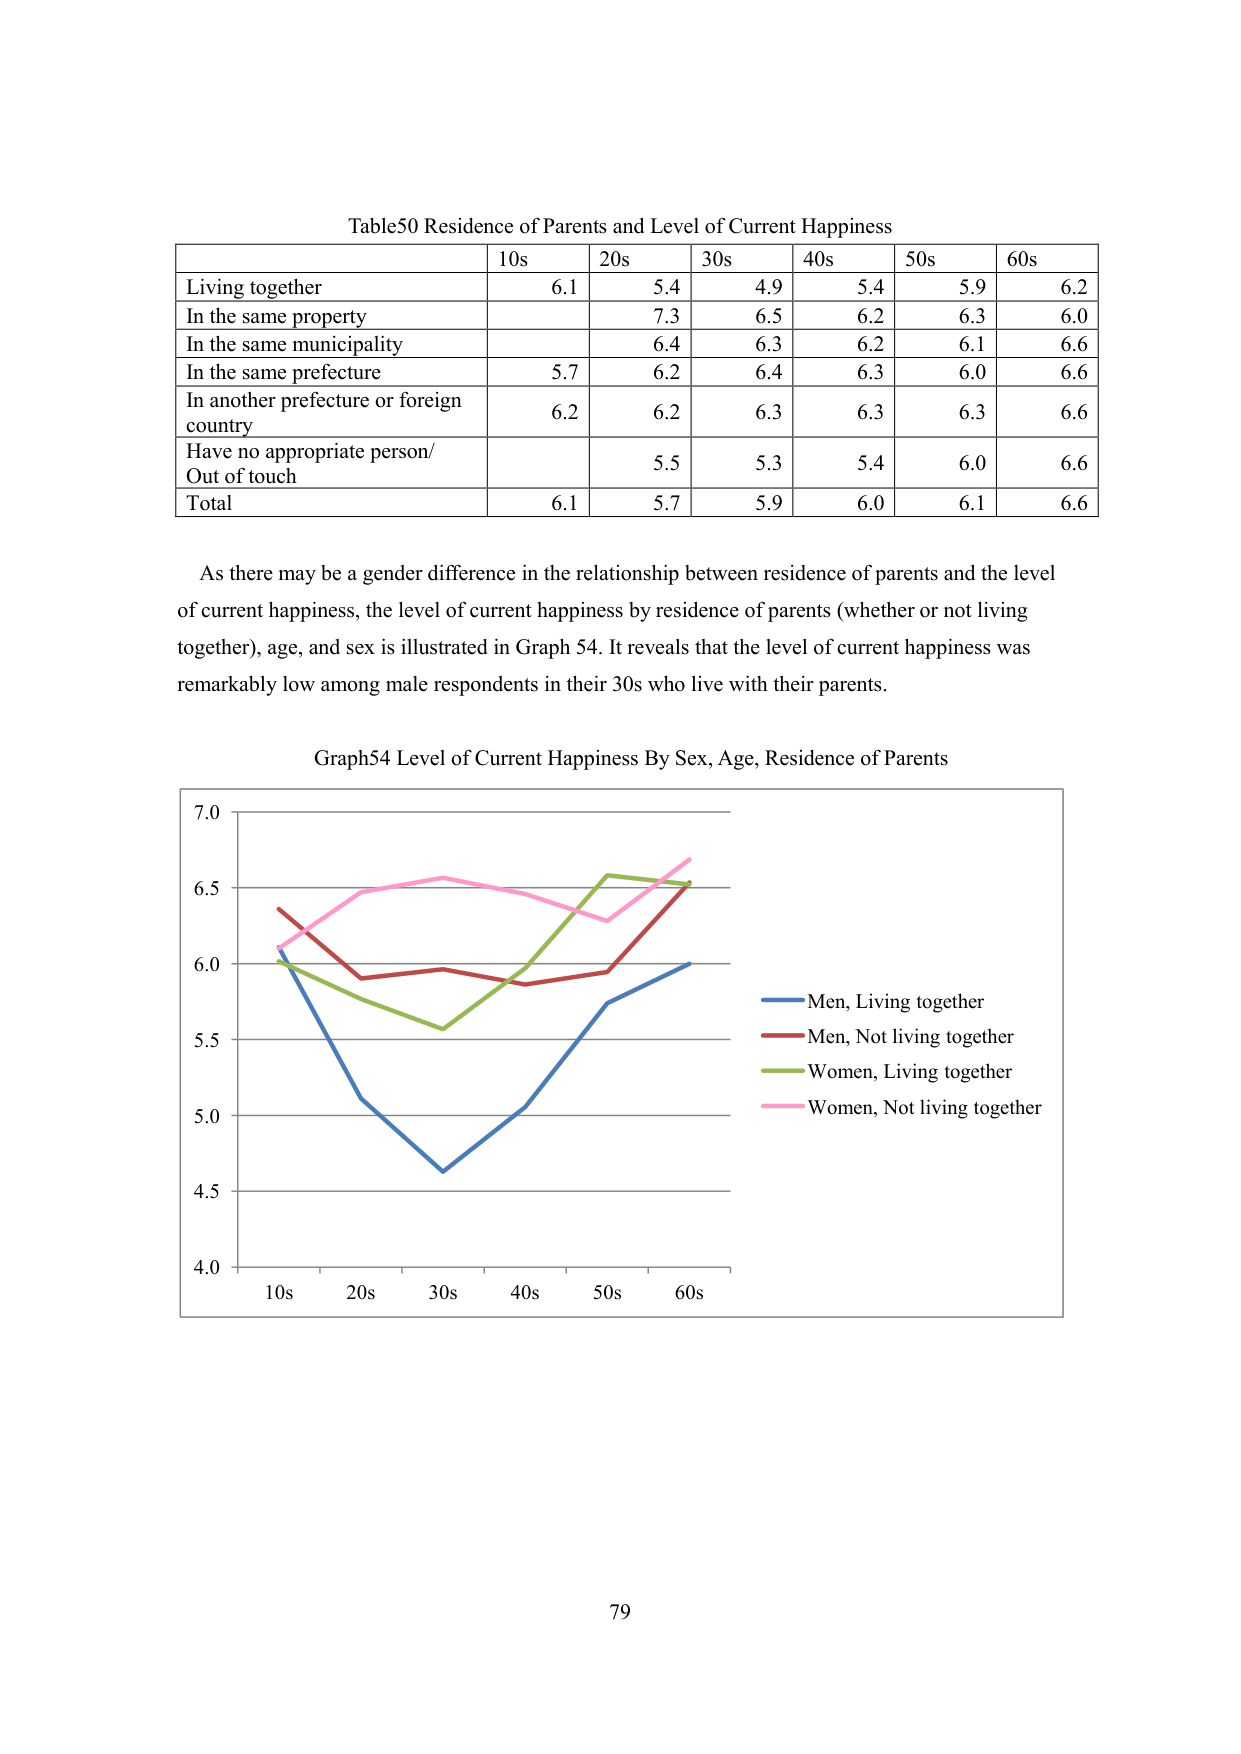
Table50 Residence of Parents and Level of Current Happiness
10s 20s 30s 40s 50s 60s
Living together 6.1 5.4 4.9 5.4 5.9 6.2
In the same property 7.3 6.5 6.2 6.3 6.0
In the same municipality 6.4 6.3 6.2 6.1 6.6
In the same prefecture 5.7 6.2 6.4 6.3 6.0 6.6
In another prefecture or foreign country 6.2 6.2 6.3 6.3 6.3 6.6
Have no appropriate person/ Out of touch 5.5 5.3 5.4 6.0 6.6
Total 6.1 5.7 5.9 6.0 6.1 6.6

As there may be a gender difference in the relationship between residence of parents and the level of current happiness, the level of current happiness by residence of parents (whether or not living together), age, and sex is illustrated in Graph 54. It reveals that the level of current happiness was remarkably low among male respondents in their 30s who live with their parents.

Graph54 Level of Current Happiness By Sex, Age, Residence of Parents
7.0
6.5
6.0
5.5
5.0
4.5
4.0
10s 20s 30s 40s 50s 60s
Men, Living together
Men, Not living together
Women, Living together
Women, Not living together

79